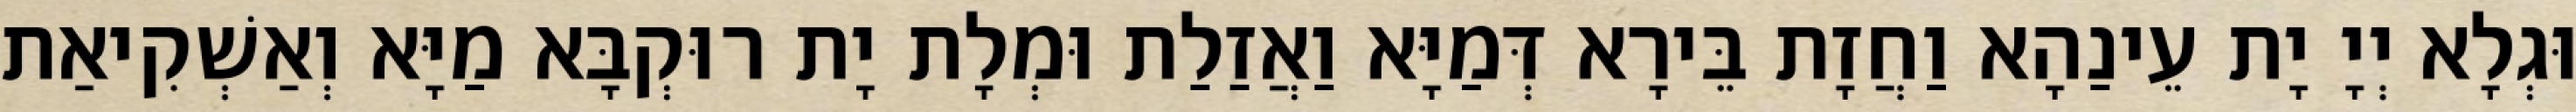
וּגְלָא יְיָ יָת עֵינַהָא וַחֲזָת בֵּירָא דְּמַיָּא וַאֲזַלַת וּמְלָת יָת רוּקְבָּא מַיָּא וְאַשְׁקִיאַת